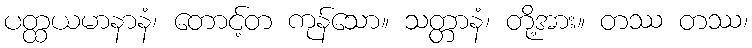
ပတ္ထယမာနာနံ၊ တောင့်တ ကုန်သော။ သတ္တာနံ၊ တို့အား။ တဿ တဿ၊